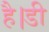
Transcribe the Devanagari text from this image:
है।डी